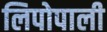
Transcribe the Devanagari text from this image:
लिपोपाली